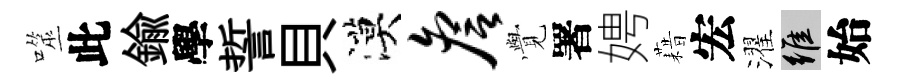
噬此鍮學誓貝漠詹𮗜署娉藉宏濯維始